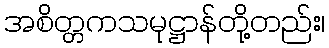
အစိတ္တကသမုဋ္ဌာန်တို့တည်း၊